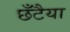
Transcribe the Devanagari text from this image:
छँटैया